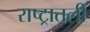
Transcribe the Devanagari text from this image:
राष्ट्रातली